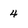
Character: 4